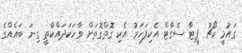
ގައުމީ ކޯޗު ޕީޓާ ސެގާޓް އެކިފަހަރު އެކި ގޮތްގޮތަށް ވާހަކަދައްކާތީ ގިނަ ބައެއްގެ